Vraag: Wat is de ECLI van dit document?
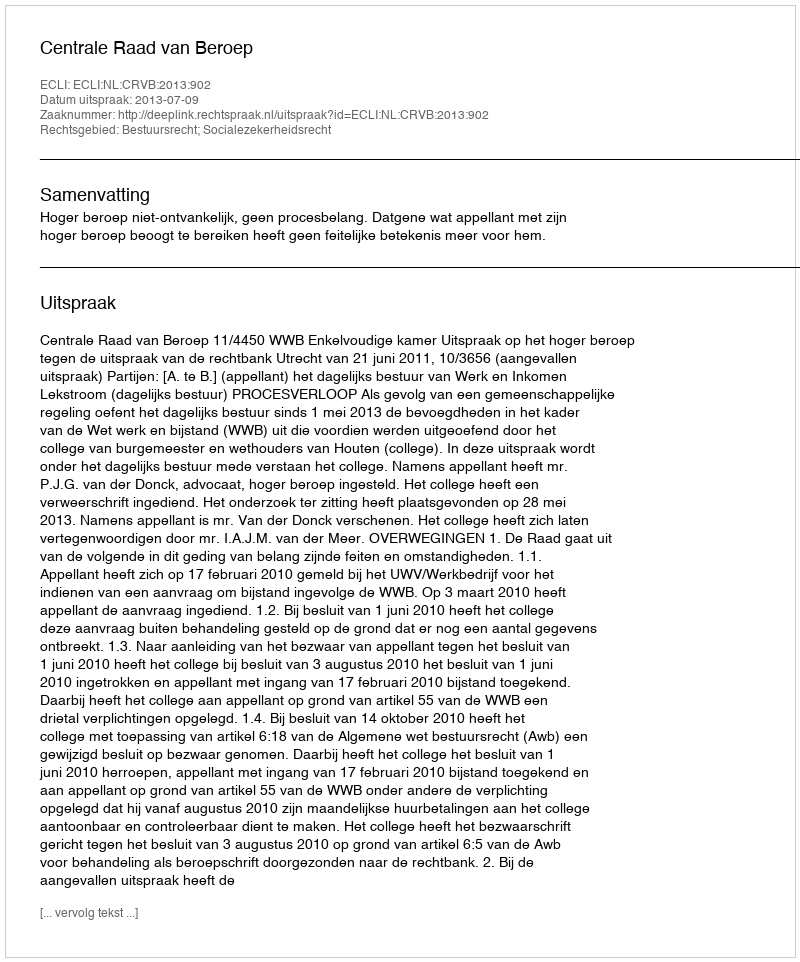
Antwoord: ECLI:NL:CRVB:2013:902